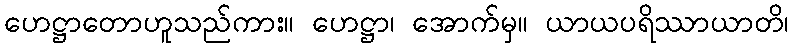
ဟေဋ္ဌာတောဟူသည်ကား။ ဟေဋ္ဌာ၊ အောက်မှ။ ယာယပရိဿာယာတိ၊